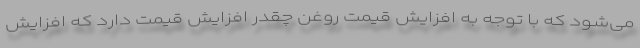
می‌شود که با توجه به افزایش قیمت روغن چقدر افزایش قیمت دارد که افزایش